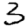
Digit: 3